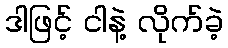
ဒါဖြင့် ငါနဲ့ လိုက်ခဲ့